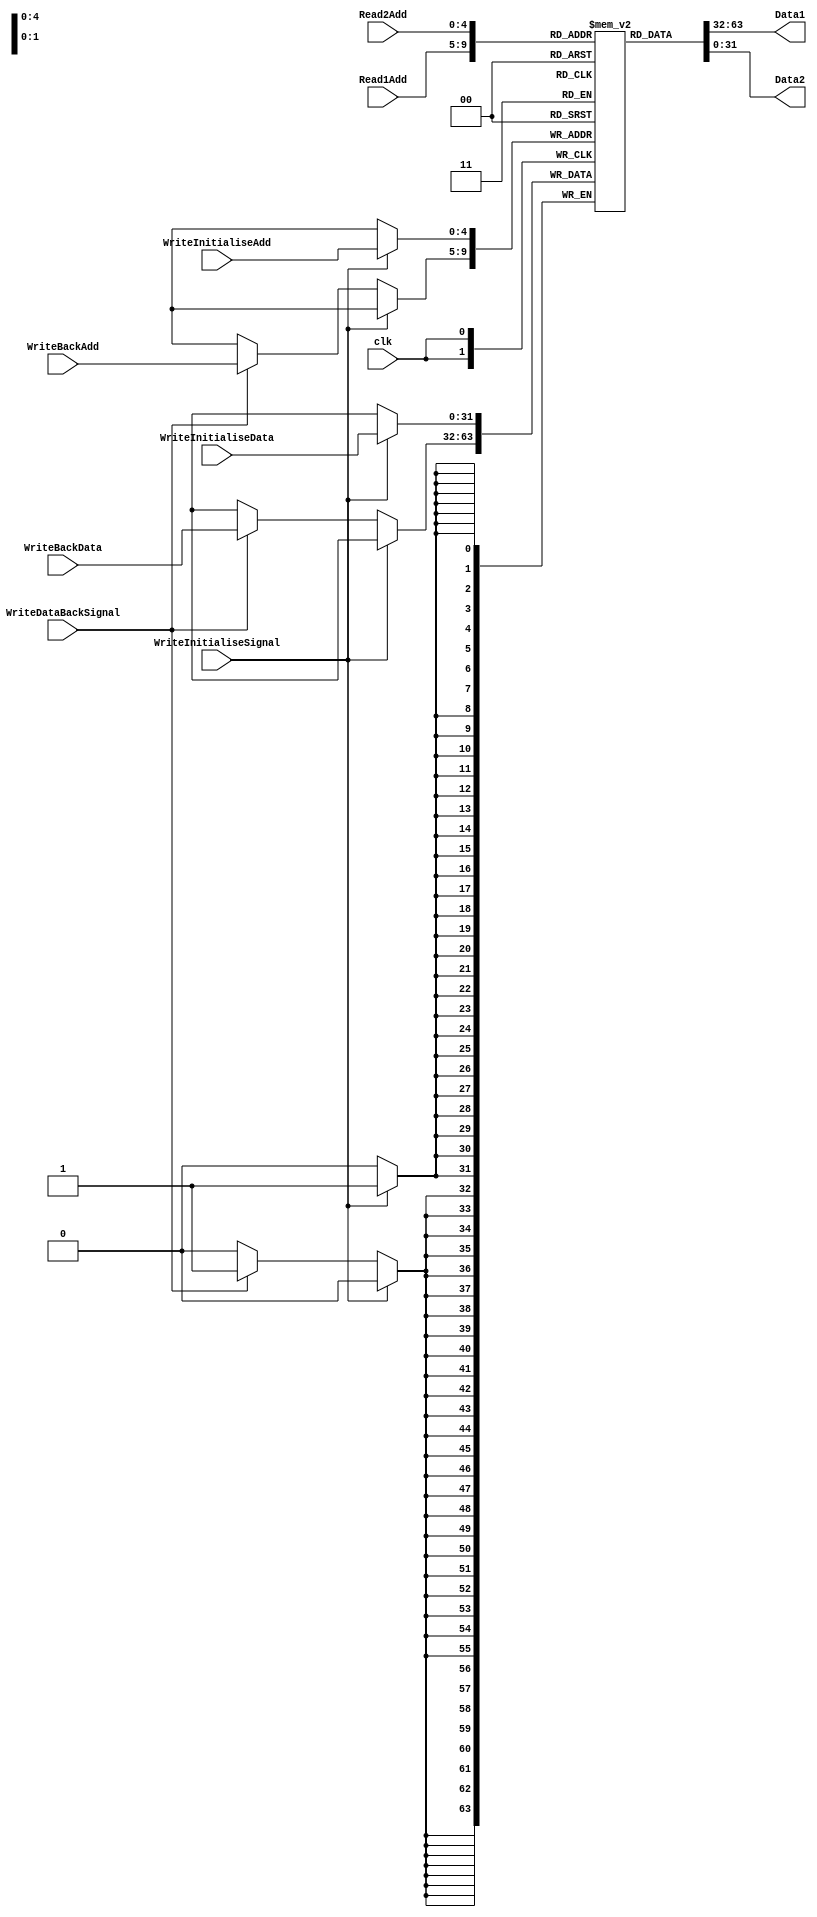
module RegisterFileV2(Read1Add,Read2Add,WriteInitialiseAdd,WriteInitialiseData,WriteBackAdd,WriteBackData,WriteInitialiseSignal,WriteDataBackSignal,clk,Data1,Data2);

	input [4:0] Read1Add,Read2Add,WriteInitialiseAdd; //Addresses of reading Data1,Data2 & writing Initialisation in Registerfile. 
	input [31:0] WriteInitialiseData;//Initialisation written
	input [4:0] WriteBackAdd; //Address of Writing back in Register file. 
	input [31:0] WriteBackData;//Data written back in Register file
	input WriteInitialiseSignal,WriteDataBackSignal,clk;//write Initialisation signal,write back signal & clock
	output [31:0] Data1,Data2;//Data out from Register file
	reg [31:0] Reg[0:31]; //32 Registers of width 32-bits in Register file

   assign Data1 = Reg[Read1Add];//Data1 always has value of address Read1Add independent on clock
   assign Data2 = Reg[Read2Add];//Data2 always has value of address Read2Add independent on clock

      always@(posedge clk)
         begin
	    if(WriteInitialiseSignal)//at positive edges if both WriteInitialiseSignal & WriteDataBackSignal are HIGH,I give priority to Initialising. If one of two signals is HIGH then its data will be written.
		Reg[WriteInitialiseAdd]<=WriteInitialiseData;
	    else if (WriteDataBackSignal)	
	        Reg[WriteBackAdd]<=WriteBackData;

         end
endmodule